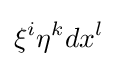
\xi ^{i}\eta ^{k}dx^{l}